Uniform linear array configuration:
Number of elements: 64
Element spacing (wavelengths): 0.5
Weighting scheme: kaiser
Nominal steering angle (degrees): -15
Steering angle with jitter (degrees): -14.507
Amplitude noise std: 0.05
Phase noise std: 0.05

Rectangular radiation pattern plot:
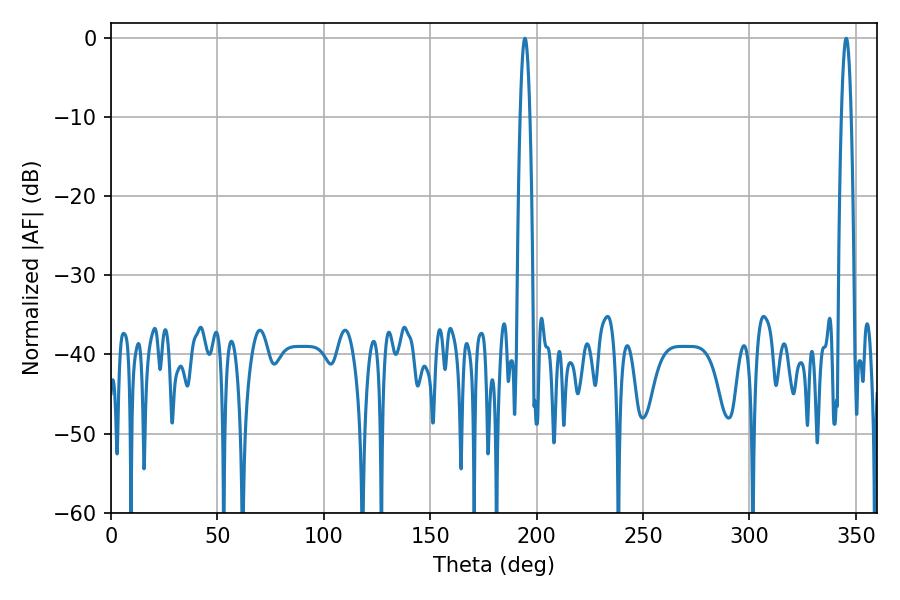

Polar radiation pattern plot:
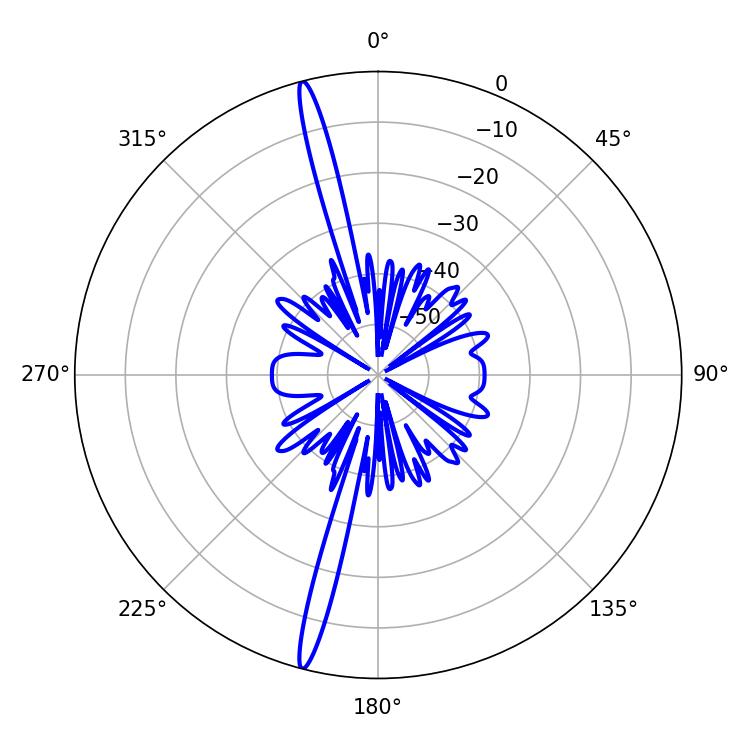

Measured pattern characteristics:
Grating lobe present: FALSE
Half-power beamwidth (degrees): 2.34
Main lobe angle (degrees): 345.42